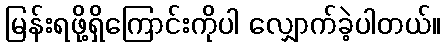
မြန်းရဖို့ရှိကြောင်းကိုပါ လျှောက်ခဲ့ပါတယ်။